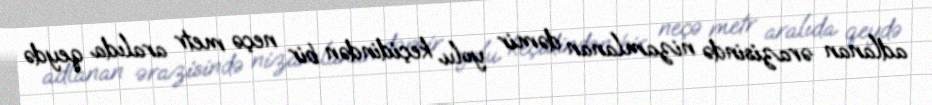
adlanan ərazisində nizamlanan dəmir yolu keçidindən bir neçə metr aralıda qeydə